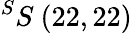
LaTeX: ^{S}S\ (22,22)